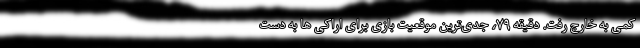
کمی به خارج رفت. دقیقه ۷۹، جدی‌ترین موقعیت بازی برای اراکی ها به دست